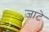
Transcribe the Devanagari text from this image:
ज़ाटे